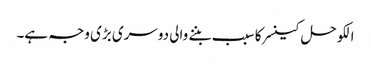
الکوحل کینسر کا سبب بننے والی دوسری بڑی وجہ ہے۔